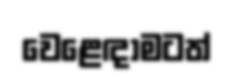
වෙළෙඳාමටත්